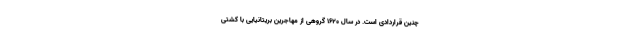
چنین قراردادی است. در سال 1620 گروهی از مهاجرین بریتانیایی با کشتی